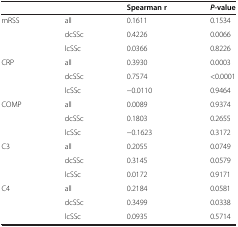
<table><thead><tr><td colspan="2"><b> </b></td><td><b>Spearman r</b></td><td><b><i>P</i>-value</b></td></tr></thead><tbody><tr><td rowspan="3">mRSS</td><td>all</td><td>0.1611</td><td>0.1534</td></tr><tr><td>dcSSc</td><td>0.4226</td><td>0.0066</td></tr><tr><td>lcSSc</td><td>0.0366</td><td>0.8226</td></tr><tr><td rowspan="3">CRP</td><td>all</td><td>0.3930</td><td>0.0003</td></tr><tr><td>dcSSc</td><td>0.7574</td><td>&lt;0.0001</td></tr><tr><td>lcSSc</td><td>−0.0110</td><td>0.9464</td></tr><tr><td rowspan="3">COMP</td><td>all</td><td>0.0089</td><td>0.9374</td></tr><tr><td>dcSSc</td><td>0.1803</td><td>0.2655</td></tr><tr><td>lcSSc</td><td>−0.1623</td><td>0.3172</td></tr><tr><td rowspan="3">C3</td><td>all</td><td>0.2055</td><td>0.0749</td></tr><tr><td>dcSSc</td><td>0.3145</td><td>0.0579</td></tr><tr><td>lcSSc</td><td>0.0172</td><td>0.9171</td></tr><tr><td rowspan="2">C4</td><td>all</td><td>0.2184</td><td>0.0581</td></tr><tr><td>dcSSc</td><td>0.3499</td><td>0.0338</td></tr><tr><td> </td><td>lcSSc</td><td>0.0935</td><td>0.5714</td></tr></tbody></table>